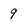
Character: 9